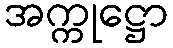
အက္ကုဋ္ဌော